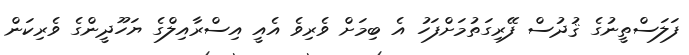
ފަލަސްތީނުގެ ޤުދުސް ފޭރިގަތުމަށްފަހު އެ ބިމަށް ވެރިވެ އެއީ އިސްރާއިލްގެ ޔަހޫދީންގެ ވެރިކަން